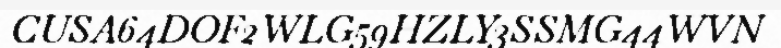
CUSA64DOF2WLG59HZLY3SSMG44WVN